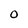
Character: O